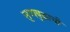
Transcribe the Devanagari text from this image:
सुप्पबुद्धाची